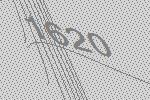
1620